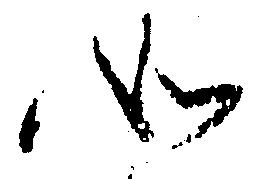
如